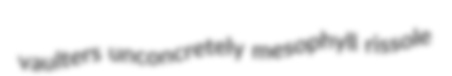
vaulters unconcretely mesophyll rissole